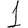
Digit: 1